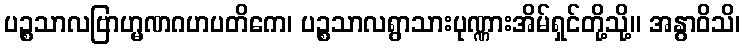
ပဉ္စသာလဗြာဟ္မဏဂဟပတိကေ၊ ပဉ္စသာလရွာသားပုဏ္ဏားအိမ်ရှင်တို့သို့။ အနွာဝိသိ၊